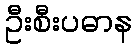
ဦးစီးပဓာန